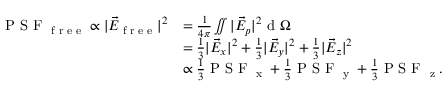
\begin{array} { r l } { \textrm { P S F } _ { \textrm { f r e e } } \propto | \vec { E } _ { \textrm { f r e e } } | ^ { 2 } } & { = \frac { 1 } { 4 \pi } \iint | \vec { E } _ { p } | ^ { 2 } \textrm { d } \Omega } \\ & { = \frac { 1 } { 3 } | \vec { E } _ { x } | ^ { 2 } + \frac { 1 } { 3 } | \vec { E } _ { y } | ^ { 2 } + \frac { 1 } { 3 } | \vec { E } _ { z } | ^ { 2 } } \\ & { \propto \frac { 1 } { 3 } \textrm { P S F } _ { \textrm { x } } + \frac { 1 } { 3 } \textrm { P S F } _ { \textrm { y } } + \frac { 1 } { 3 } \textrm { P S F } _ { \textrm { z } } . } \end{array}